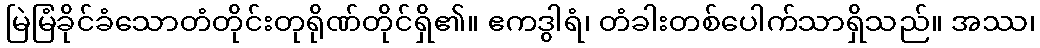
မြဲမြံခိုင်ခံသောတံတိုင်းတုရိုဏ်တိုင်ရှိ၏။ ဧကဒွါရံ၊ တံခါးတစ်ပေါက်သာရှိသည်။ အဿ၊